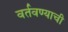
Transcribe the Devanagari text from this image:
वर्तवण्याची